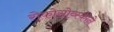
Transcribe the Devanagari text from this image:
रोकोसोव्स्कीने